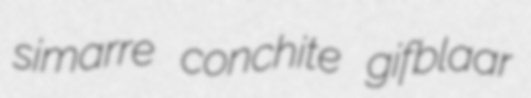
simarre conchite gifblaar